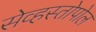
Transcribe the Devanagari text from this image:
सेव्हस्तोपोल